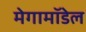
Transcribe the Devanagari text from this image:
मेगामॉडेल